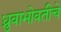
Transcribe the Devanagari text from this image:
ध्रुवाभोवतीचे